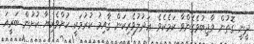
ދީނީ ގޮތުން ވާޖިބުވެގެންވާ ކަމެކެވެ. ޢަދުލުވެރިކަން ޤާއިމު ކުރުމަކީ ކުށްވެރިޔާ ކުށުން ބަރީއަ